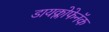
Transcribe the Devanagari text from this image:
डायक्लोफेनॅक